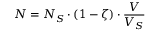
N = N _ { S } \cdot ( 1 - \zeta ) \cdot \frac { V } { V _ { S } }